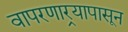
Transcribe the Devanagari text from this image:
वापरणार्‍यापासून